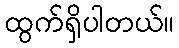
ထွက်ရှိပါတယ်။